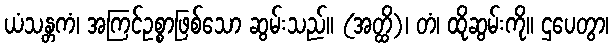
ယံသန္တကံ၊ အကြင်ဥစ္စာဖြစ်သော ဆွမ်းသည်။ (အတ္ထိ)၊ တံ၊ ထိုဆွမ်းကို။ ဌပေတွာ၊